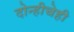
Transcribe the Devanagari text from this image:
दोन्हीचेही